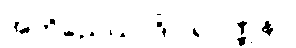
အဘိညေယာဒိဝါရဝဏ္ဏနာ